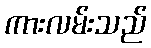
ကားလမ်းသည်